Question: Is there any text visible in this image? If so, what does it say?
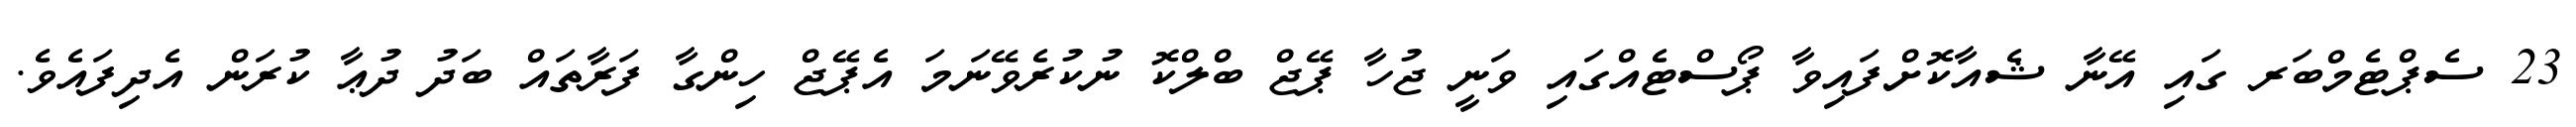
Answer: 23 ސެޕްޓެމްބަރ ގައި އޭނާ ޝެއާކޮށްފައިވާ ޕޯސްޓެއްގައި ވަނީ ޖުހާ ޕޭޖް ބްލްކޮ ނުކުރެވޭނަމަ އެޕޭޖް ހިންގާ ފަރާތައް ބަދު ދުޢާ ކުރަން އެދިފައެވެ.